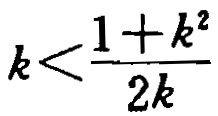
\(k<\frac{1 + k^{2}}{2k}\)